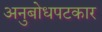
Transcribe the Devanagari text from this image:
अनुबोधपटकार